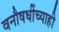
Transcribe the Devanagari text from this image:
वनौषधींच्याही